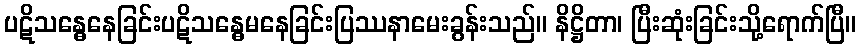
ပဋိသန္ဓေနေခြင်းပဋိသန္ဓေမနေခြင်းပြဿနာမေးခွန်းသည်။ နိဋ္ဌိတာ၊ ပြီးဆုံးခြင်းသို့ရောက်ပြီ။